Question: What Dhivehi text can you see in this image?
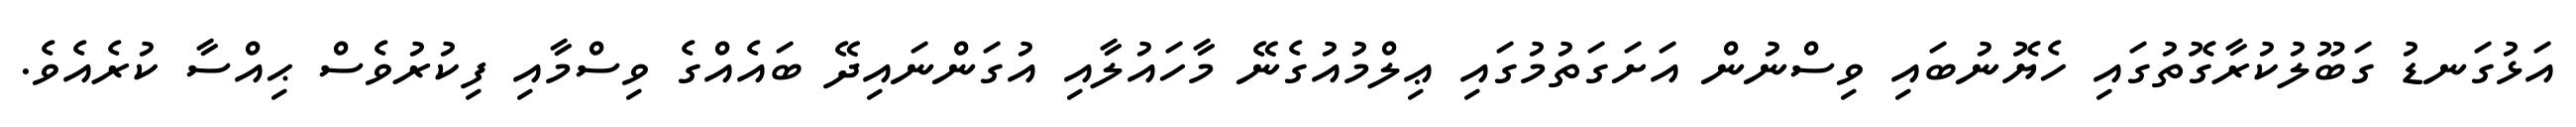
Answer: އަޅުގަނޑު ގަބޫލުކުރާގޮތުގައި ހެޔޮނުބައި ވިސްނުން އަށަގަތުމުގައި ޢިލްމުއުގެނޭ މާހައުލާއި އުގަންނައިދޭ ބައެއްގެ ވިސްމާއި ފިކުރުވެސް ޙިއްސާ ކުރެއެވެ.